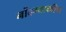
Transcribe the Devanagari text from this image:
नोंदम्याकरिता